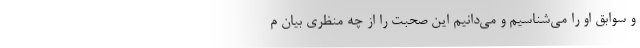
و سوابق او را می‌شناسیم و می‌دانیم این صحبت را از چه منظری بیان م